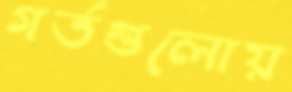
গর্তগুলোয়